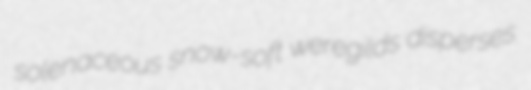
solenaceous snow-soft weregilds disperses